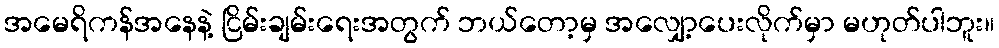
အမေရိကန်အနေနဲ့ ငြိမ်းချမ်းရေးအတွက် ဘယ်တော့မှ အလျှော့ပေးလိုက်မှာ မဟုတ်ပါဘူး။